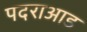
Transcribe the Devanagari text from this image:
पदराआड